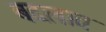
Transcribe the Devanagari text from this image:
बदलात